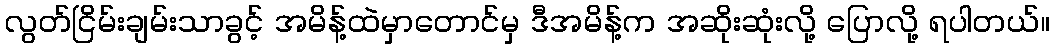
လွတ်ငြိမ်းချမ်းသာခွင့် အမိန့်ထဲမှာတောင်မှ ဒီအမိန့်က အဆိုးဆုံးလို့ ပြောလို့ ရပါတယ်။